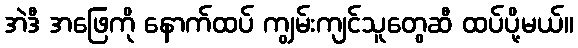
အဲဒီ အဖြေကို နောက်ထပ် ကျွမ်းကျင်သူတွေဆီ ထပ်ပို့မယ်။